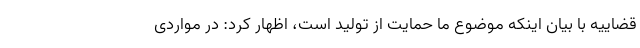
قضاییه با بیان اینکه موضوع ما حمایت از تولید است، اظهار کرد: در مواردی